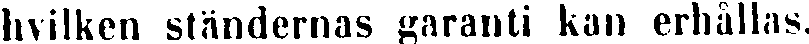
hvilken ständernas garanti kan erhållas.